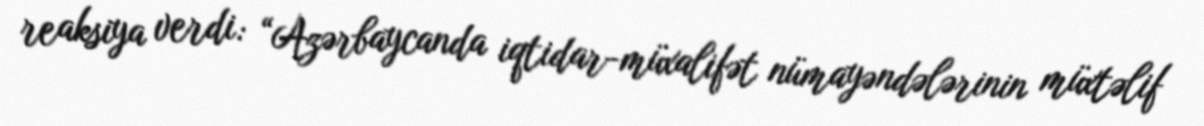
reaksiya verdi: “Azərbaycanda iqtidar-müxalifət nümayəndələrinin müxtəlif